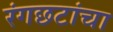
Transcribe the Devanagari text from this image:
रंगछटांचा